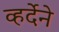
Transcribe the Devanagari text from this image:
व्हर्देने